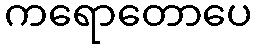
ကရောတောပေ